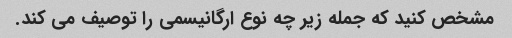
مشخص کنید که جمله زیر چه نوع ارگانیسمی را توصیف می کند.